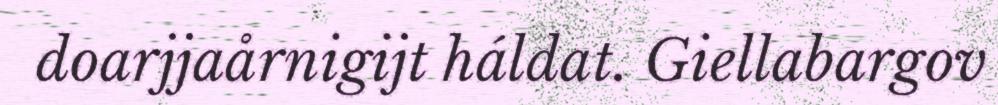
doarjjaårnigijt háldat. Giellabargov